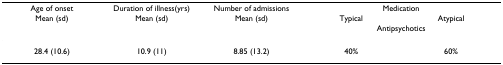
| Age of onset | Duration of illness(yrs) | Number of admissions | <COLSPAN=2> Medication |
 | Mean (sd) | Mean (sd) | Mean (sd) | Typical | Atypical |
 | <COLSPAN=3>  | <COLSPAN=2> Antipsychotics |
 | --- | --- | --- | --- | --- |
 | 28.4 (10.6) | 10.9 (11) | 8.85 (13.2) | 40% | 60% |